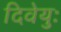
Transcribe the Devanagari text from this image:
दिवेयुः